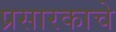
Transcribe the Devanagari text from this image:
प्रसारकाचे